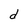
Character: d